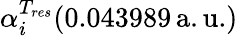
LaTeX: \alpha_{i}^{T_{res}}(0.043989\, \mathrm{a.u.})